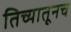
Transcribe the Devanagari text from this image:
तिच्यातूनच